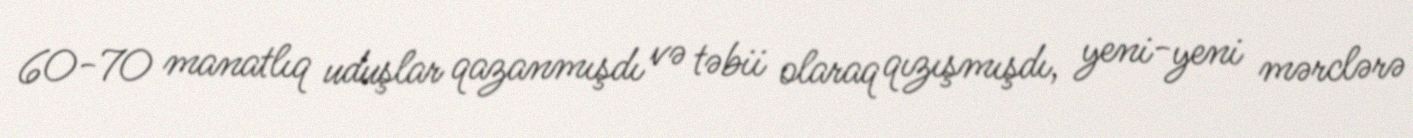
60-70 manatlıq uduşlar qazanmışdı və təbii olaraq qızışmışdı, yeni-yeni mərclərə